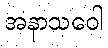
အနာသဝေါ